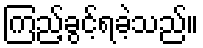
ကြည့်ခွင့်ရခဲ့သည်။